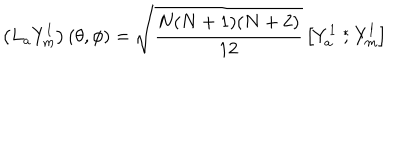
LaTeX: \left( L _ { a } { Y } _ { m } ^ { l } \right) ( \theta , \phi ) = \sqrt { \frac { N ( N + 1 ) ( N + 2 ) } { 1 2 } } \left[ { Y } _ { a } ^ { 1 } \stackrel { * } { , } { Y } _ { m } ^ { l } \right]